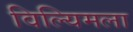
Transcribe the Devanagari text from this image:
विल्यिमला